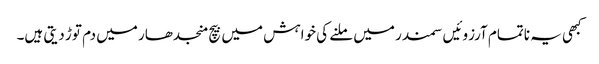
کبھی یہ ناتمام آرزوئیں سمندر میں ملنے کی خواہش میں بیچ منجدھار میں دم توڑ دیتی ہیں۔